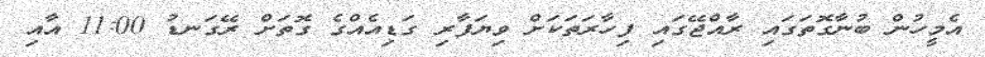
އެމީހުން ބުނާގޮތަގައި ރާއްޖޭގައި ފިހާރަތަކަށް ވިޔަފާރި ގަޑިއެއްގެ ގޮތަށް ރޭގަނޑު 11:00 އާއި